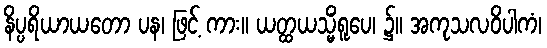
နိပ္ပရိယာယတော ပန၊ ဖြင့် ကား။ ယတ္ထယသ္မိံရူပေ၊ ၌။ အကုသလဝိပါကံ၊